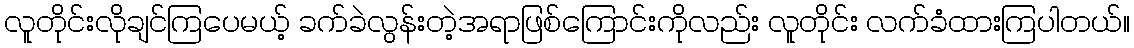
လူတိုင်းလိုချင်ကြပေမယ့် ခက်ခဲလွန်းတဲ့အရာဖြစ်ကြောင်းကိုလည်း လူတိုင်း လက်ခံထားကြပါတယ်။